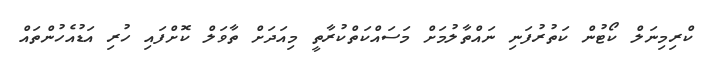
ކްރިމިނަލް ކޯޓުން ކަތުރުފަނި ނައްތާލުމަށް މަސައްކަތްކުރާތީ މިއަދަށް ތާވަލް ކޮށްފައި ހުރި އަޑުއެހުންތައް